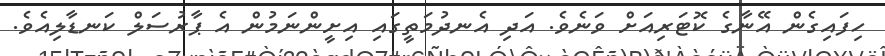
ހިފައިގެން އޭނާގެ ކޮޓަރިއަށް ވަނެވެ. އަދި އެނދުމަތީގައި އިށީންނަމުން އެ ޕާރުސަލް ކަނޑާލިއެވެ.